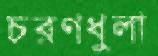
চরণধুলা